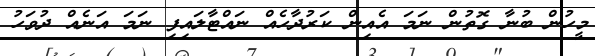
މީހުން ބުނާ ގޮތުން ނަމަ އެއިން ކަރުދާހެއް ނައްޓާލައިފި ނަމަ އަނެއް ދުވަހު